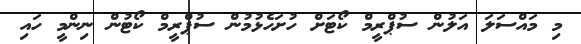
މި މައްސަލަ އަލުން ސުޕްރީމް ކޯޓަށް ހުށަހެޅުމުން ސުޕްރީމް ކޯޓުން ނިންމީ ހައި